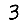
Digit: 3